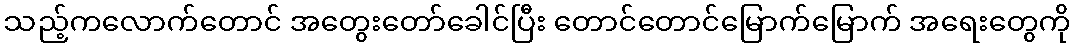
သည့်ကလောက်တောင် အတွေးတော်ခေါင်ပြီး တောင်တောင်မြောက်မြောက် အရေးတွေကို